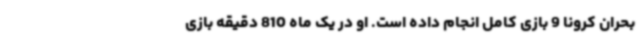
بحران کرونا 9 بازی کامل انجام داده است. او در یک ماه 810 دقیقه بازی